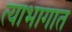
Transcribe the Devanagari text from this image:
त्याभागात